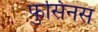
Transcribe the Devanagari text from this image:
फुसिनस